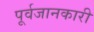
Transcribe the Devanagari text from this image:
पूर्वजानकारी